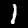
Digit: 1